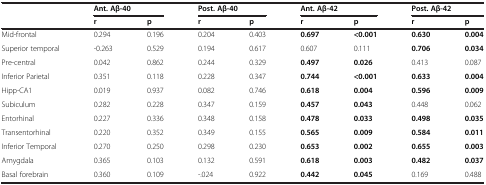
<table><thead><tr><td rowspan="2"></td><td colspan="2"><b>Ant. Aβ-40</b></td><td colspan="2"><b>Post. Aβ-40</b></td><td colspan="2"><b>Ant. Aβ-42</b></td><td colspan="2"><b>Post. Aβ-42</b></td></tr><tr><td><b>r</b></td><td><b>p</b></td><td><b>r</b></td><td><b>p</b></td><td><b>r</b></td><td><b>p</b></td><td><b>r</b></td><td><b>p</b></td></tr></thead><tbody><tr><td>Mid-frontal</td><td>0.294</td><td>0.196</td><td>0.204</td><td>0.403</td><td><b>0.697</b></td><td><b>&lt;0.001</b></td><td><b>0.630</b></td><td><b>0.004</b></td></tr><tr><td>Superior temporal</td><td>-0.263</td><td>0.529</td><td>0.194</td><td>0.617</td><td>0.607</td><td>0.111</td><td><b>0.706</b></td><td><b>0.034</b></td></tr><tr><td>Pre-central</td><td>0.042</td><td>0.862</td><td>0.244</td><td>0.329</td><td><b>0.497</b></td><td><b>0.026</b></td><td>0.413</td><td>0.087</td></tr><tr><td>Inferior Parietal</td><td>0.351</td><td>0.118</td><td>0.228</td><td>0.347</td><td><b>0.744</b></td><td><b>&lt;0.001</b></td><td><b>0.633</b></td><td><b>0.004</b></td></tr><tr><td>Hipp-CA1</td><td>0.019</td><td>0.937</td><td>0.082</td><td>0.746</td><td><b>0.618</b></td><td><b>0.004</b></td><td><b>0.596</b></td><td><b>0.009</b></td></tr><tr><td>Subiculum</td><td>0.282</td><td>0.228</td><td>0.347</td><td>0.159</td><td><b>0.457</b></td><td><b>0.043</b></td><td>0.448</td><td>0.062</td></tr><tr><td>Entorhinal</td><td>0.227</td><td>0.336</td><td>0.348</td><td>0.158</td><td><b>0.478</b></td><td><b>0.033</b></td><td><b>0.498</b></td><td><b>0.035</b></td></tr><tr><td>Transentorhinal</td><td>0.220</td><td>0.352</td><td>0.349</td><td>0.155</td><td><b>0.565</b></td><td><b>0.009</b></td><td><b>0.584</b></td><td><b>0.011</b></td></tr><tr><td>Inferior Temporal</td><td>0.270</td><td>0.250</td><td>0.298</td><td>0.230</td><td><b>0.653</b></td><td><b>0.002</b></td><td><b>0.655</b></td><td><b>0.003</b></td></tr><tr><td>Amygdala</td><td>0.365</td><td>0.103</td><td>0.132</td><td>0.591</td><td><b>0.618</b></td><td><b>0.003</b></td><td><b>0.482</b></td><td><b>0.037</b></td></tr><tr><td>Basal forebrain</td><td>0.360</td><td>0.109</td><td>-.024</td><td>0.922</td><td><b>0.442</b></td><td><b>0.045</b></td><td>0.169</td><td>0.488</td></tr></tbody></table>